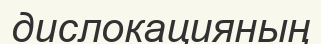
дислокацияның